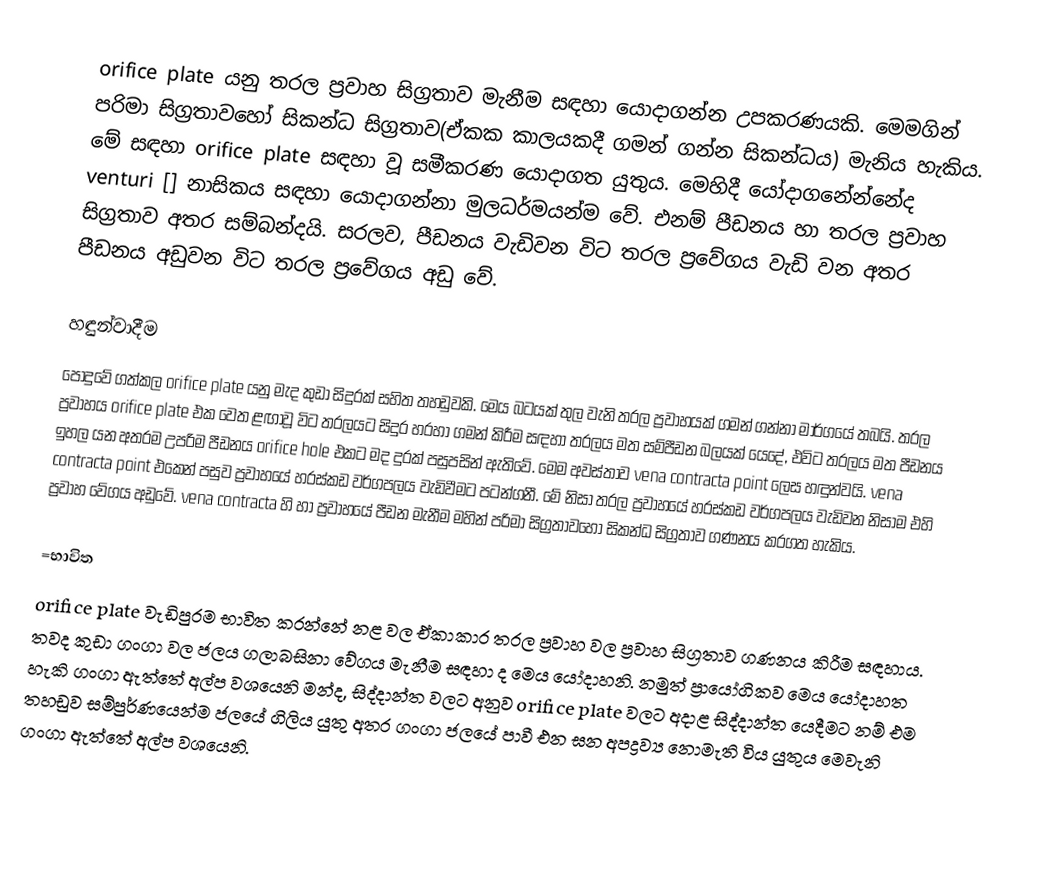
orifice plate යනු තරල ප්‍රවාහ සිග්‍රතාව මැනීම සඳහා යොදාගන්න උපකරණයකි. මෙමගින් පරිමා සිග්‍රතාවහෝ සිකන්ධ සිග්‍රතාව(ඒකක කාලයකදී ගමන් ගන්න සිකන්ධය) මැනිය හැකිය. මේ සඳහා orifice plate සඳහා වූ සමීකරණ යොදාගත යුතුය. මෙහිදී යෝදාගනේන්නේද venturi [] නාසිකය සඳහා යොදාගන්නා මුලධර්මයන්ම වේ. එනම් පීඩනය හා තරල ප්‍රවාහ සිග්‍රතාව අතර සම්බන්දයි. සරලව, පීඩනය වැඩිවන විට තරල ප්‍රවේගය වැඩි වන අතර පීඩනය අඩුවන විට තරල ප්‍රවේගය අඩු වේ.

හඳුන්වාදීම
පොදුවේ ගත්කල orifice plate යනු මැද කුඩා සිදුරක් සහිත තහඩුවකි. මෙය බටයක් තුල වැනි තරල ප්‍රවාහයක් ගමන් ගන්නා මාර්ගයේ තබයි. තරල ප්‍රවාහය orifice plate එක වෙත ළඟාවූ විට තරලයට සිදුර හරහා ගමන් කිරීම සඳහා තරලය මත සම්පීඩන බලයක් යෙදේ, එවිට තරලය මත පීඩනය ඉහල යන අතරම උපරිම පීඩනය orifice hole එකට මද දුරක් පසුපසින් ඇතිවේ. මෙම අවස්තාව vena contracta point ලෙස හඳුන්වයි. vena contracta point එකෙන් පසුව ප්‍රවාහයේ හරස්කඩ වර්ගපලය වැඩිවීමට පටන්ගනී. මේ නිසා තරල ප්‍රවාහයේ හරස්කඩ වර්ගපලය වැඩිවන  නිසාම එහි ප්‍රවාහ වේගය අඩුවේ.  vena contracta හි හා ප්‍රවාහයේ පීඩන මැනීම මහින් පරිමා සිග්‍රතාවහෝ සිකන්ධ සිග්‍රතාව ගණනය කරගත හැකිය.

=භාවිත
orifice plate වැඩිපුරම භාවිත කරන්නේ නළ වල ඒකාකාර තරල ප්‍රවාහ වල ප්‍රවාහ සිග්‍රතාව ගණනය කිරීම සඳහාය. තවද කුඩා ගංගා වල ජලය ගලාබසිනා වේගය මැනීම සඳහා ද මෙය යෝදාහනි.  නමුත් ප්‍රායෝගිකව මෙය යෝදාහත හැකි ගංගා ඇත්තේ අල්ප වශයෙනි මන්ද, සිද්දාන්ත වලට අනුව orifice plate වලට අදාළ සිද්දාන්ත යෙදීමට නම් එම තහඩුව සම්පුර්ණයෙන්ම ජලයේ ගිලිය යුතු අතර ගංගා ජලයේ පාවී එන ඝන අපද්‍රව්‍ය නොමැති විය යුතුය මෙවැනි ගංගා ඇත්තේ අල්ප වශයෙනි.